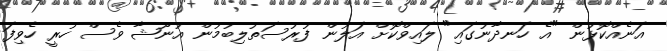
އަނެއްކޮޅުން "އެ ހަނދާނުގައި" ލައިވްކޮށް އަލުން ފުރުސަތުލިބުމުން އުނޫޝާ ވެސް ހުރީ ހެވިފަ